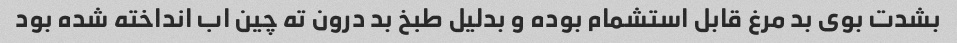
بشدت بوی بد مرغ قابل استشمام بوده و بدلیل طبخ بد درون ته چین اب انداخته شده بود